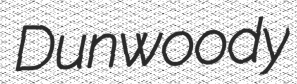
Dunwoody